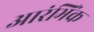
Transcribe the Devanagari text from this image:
आरंभिंक